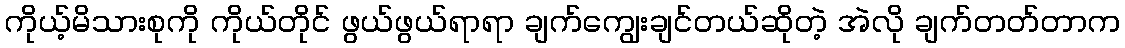
ကိုယ့်မိသားစုကို ကိုယ်တိုင် ဖွယ်ဖွယ်ရာရာ ချက်ကျွေးချင်တယ်ဆိုတဲ့ အဲလို ချက်တတ်တာက